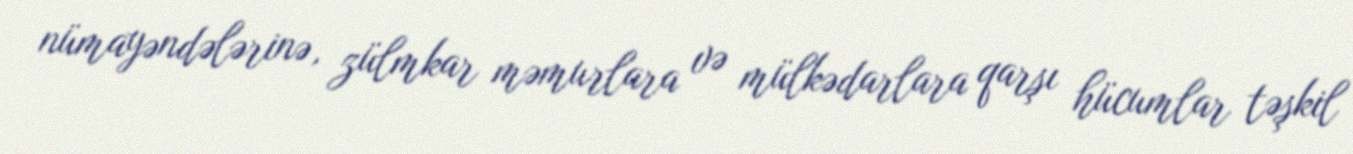
nümayəndələrinə, zülmkar məmurlara və mülkədarlara qarşı hücumlar təşkil